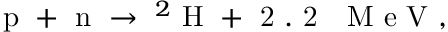
\mathrm { ~ p ~ + ~ n ~ } \to \ ^ { 2 } \mathrm { ~ H ~ + ~ 2 ~ . ~ 2 ~ ~ ~ M ~ e ~ V ~ , ~ }